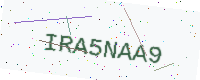
Text: IRA5NAA9